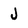
Character: J